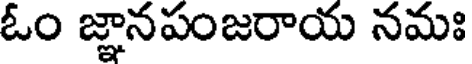
ఓం జ్ఞానపంజరాయ నమః